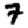
Digit: 7